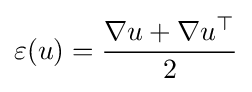
\varepsilon (u)={\frac {\nabla u+\nabla u^{\top }}{2}}